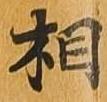
相